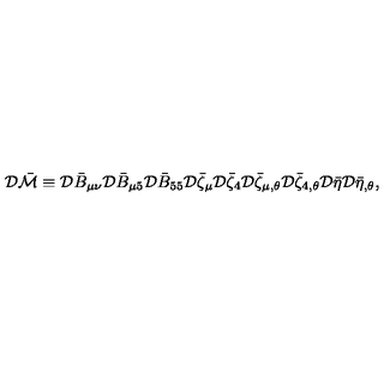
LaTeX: { \cal D } \bar { \cal M } \equiv { \cal D } \bar { B } _ { \mu \nu } { \cal D } \bar { B } _ { \mu 5 } { \cal D } \bar { B } _ { 5 5 } { \cal D } \bar { \zeta } _ { \mu } { \cal D } \bar { \zeta } _ { 4 } { \cal D } \bar { \zeta } _ { \mu , \theta } { \cal D } \bar { \zeta } _ { 4 , \theta } { \cal D } \bar { \eta } { \cal D } \bar { \eta } _ { , \theta } ,